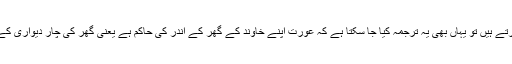
اس لیے جب ہم راعی کا ترجمہ حاکم کرتے ہیں تو یہاں بھی یہ ترجمہ کیا جا سکتا ہے کہ عورت اپنے خاوند کے گھر کے اندر کی حاکم ہے یعنی گھر کی چار دیواری کے اندر کے معاملات کی وہ ذمہ دار ہے۔